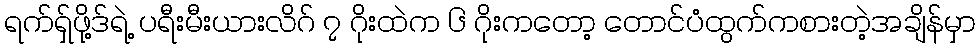
ရက်ရှ်ဖို့ဒ်ရဲ့ ပရီးမီးယားလိဂ် ၇ ဂိုးထဲက ၆ ဂိုးကတော့ တောင်ပံထွက်ကစားတဲ့အချိန်မှာ